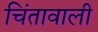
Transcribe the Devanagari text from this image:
चिंतावाली